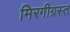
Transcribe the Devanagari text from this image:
मिरगीग्रस्त